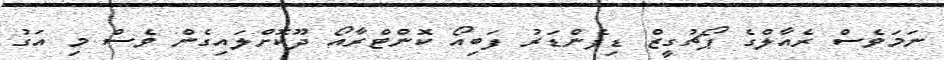
ނަމަވެސް ރެއާލްގެ ޕޯޗުގީޒް ޑިފެންޑަރު ފަބިއޯ ކޮންޓްރާއޯ ދޫކޮށްލައިގެން ވެސް މި އަގު